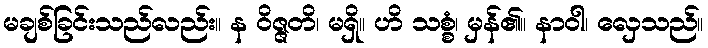
မချစ်ခြင်းသည်လည်း။ န ဝိဇ္ဇတိ၊ မရှိ။ ဟိ သစ္စံ၊ မှန်၏။ နာဝါ၊ လှေသည်။